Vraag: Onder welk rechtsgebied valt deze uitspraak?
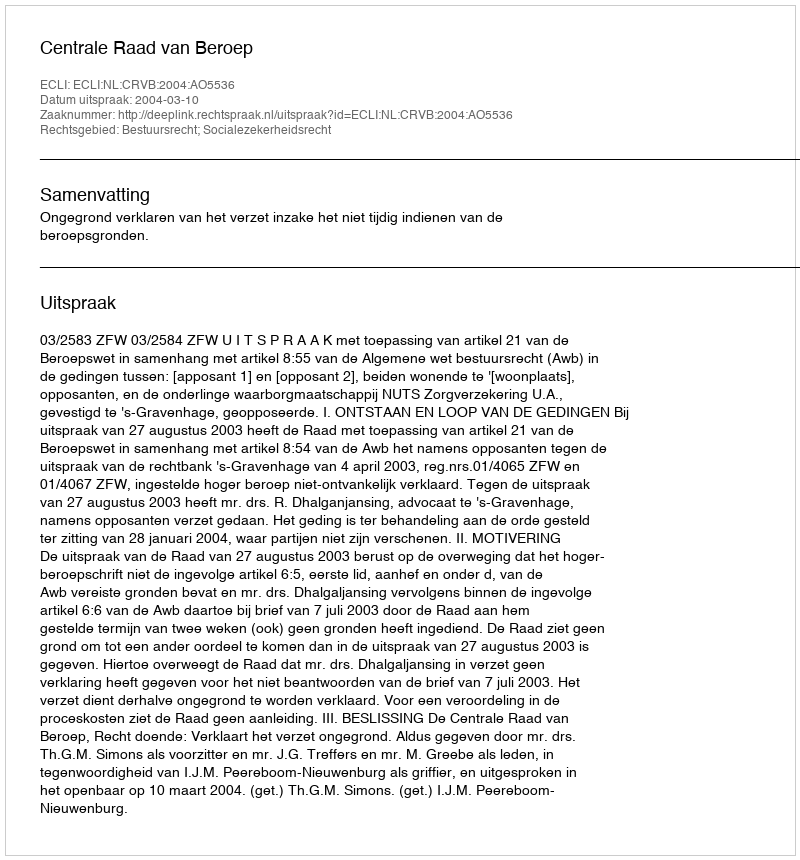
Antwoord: Bestuursrecht; Socialezekerheidsrecht